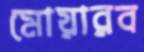
মোয়ারব